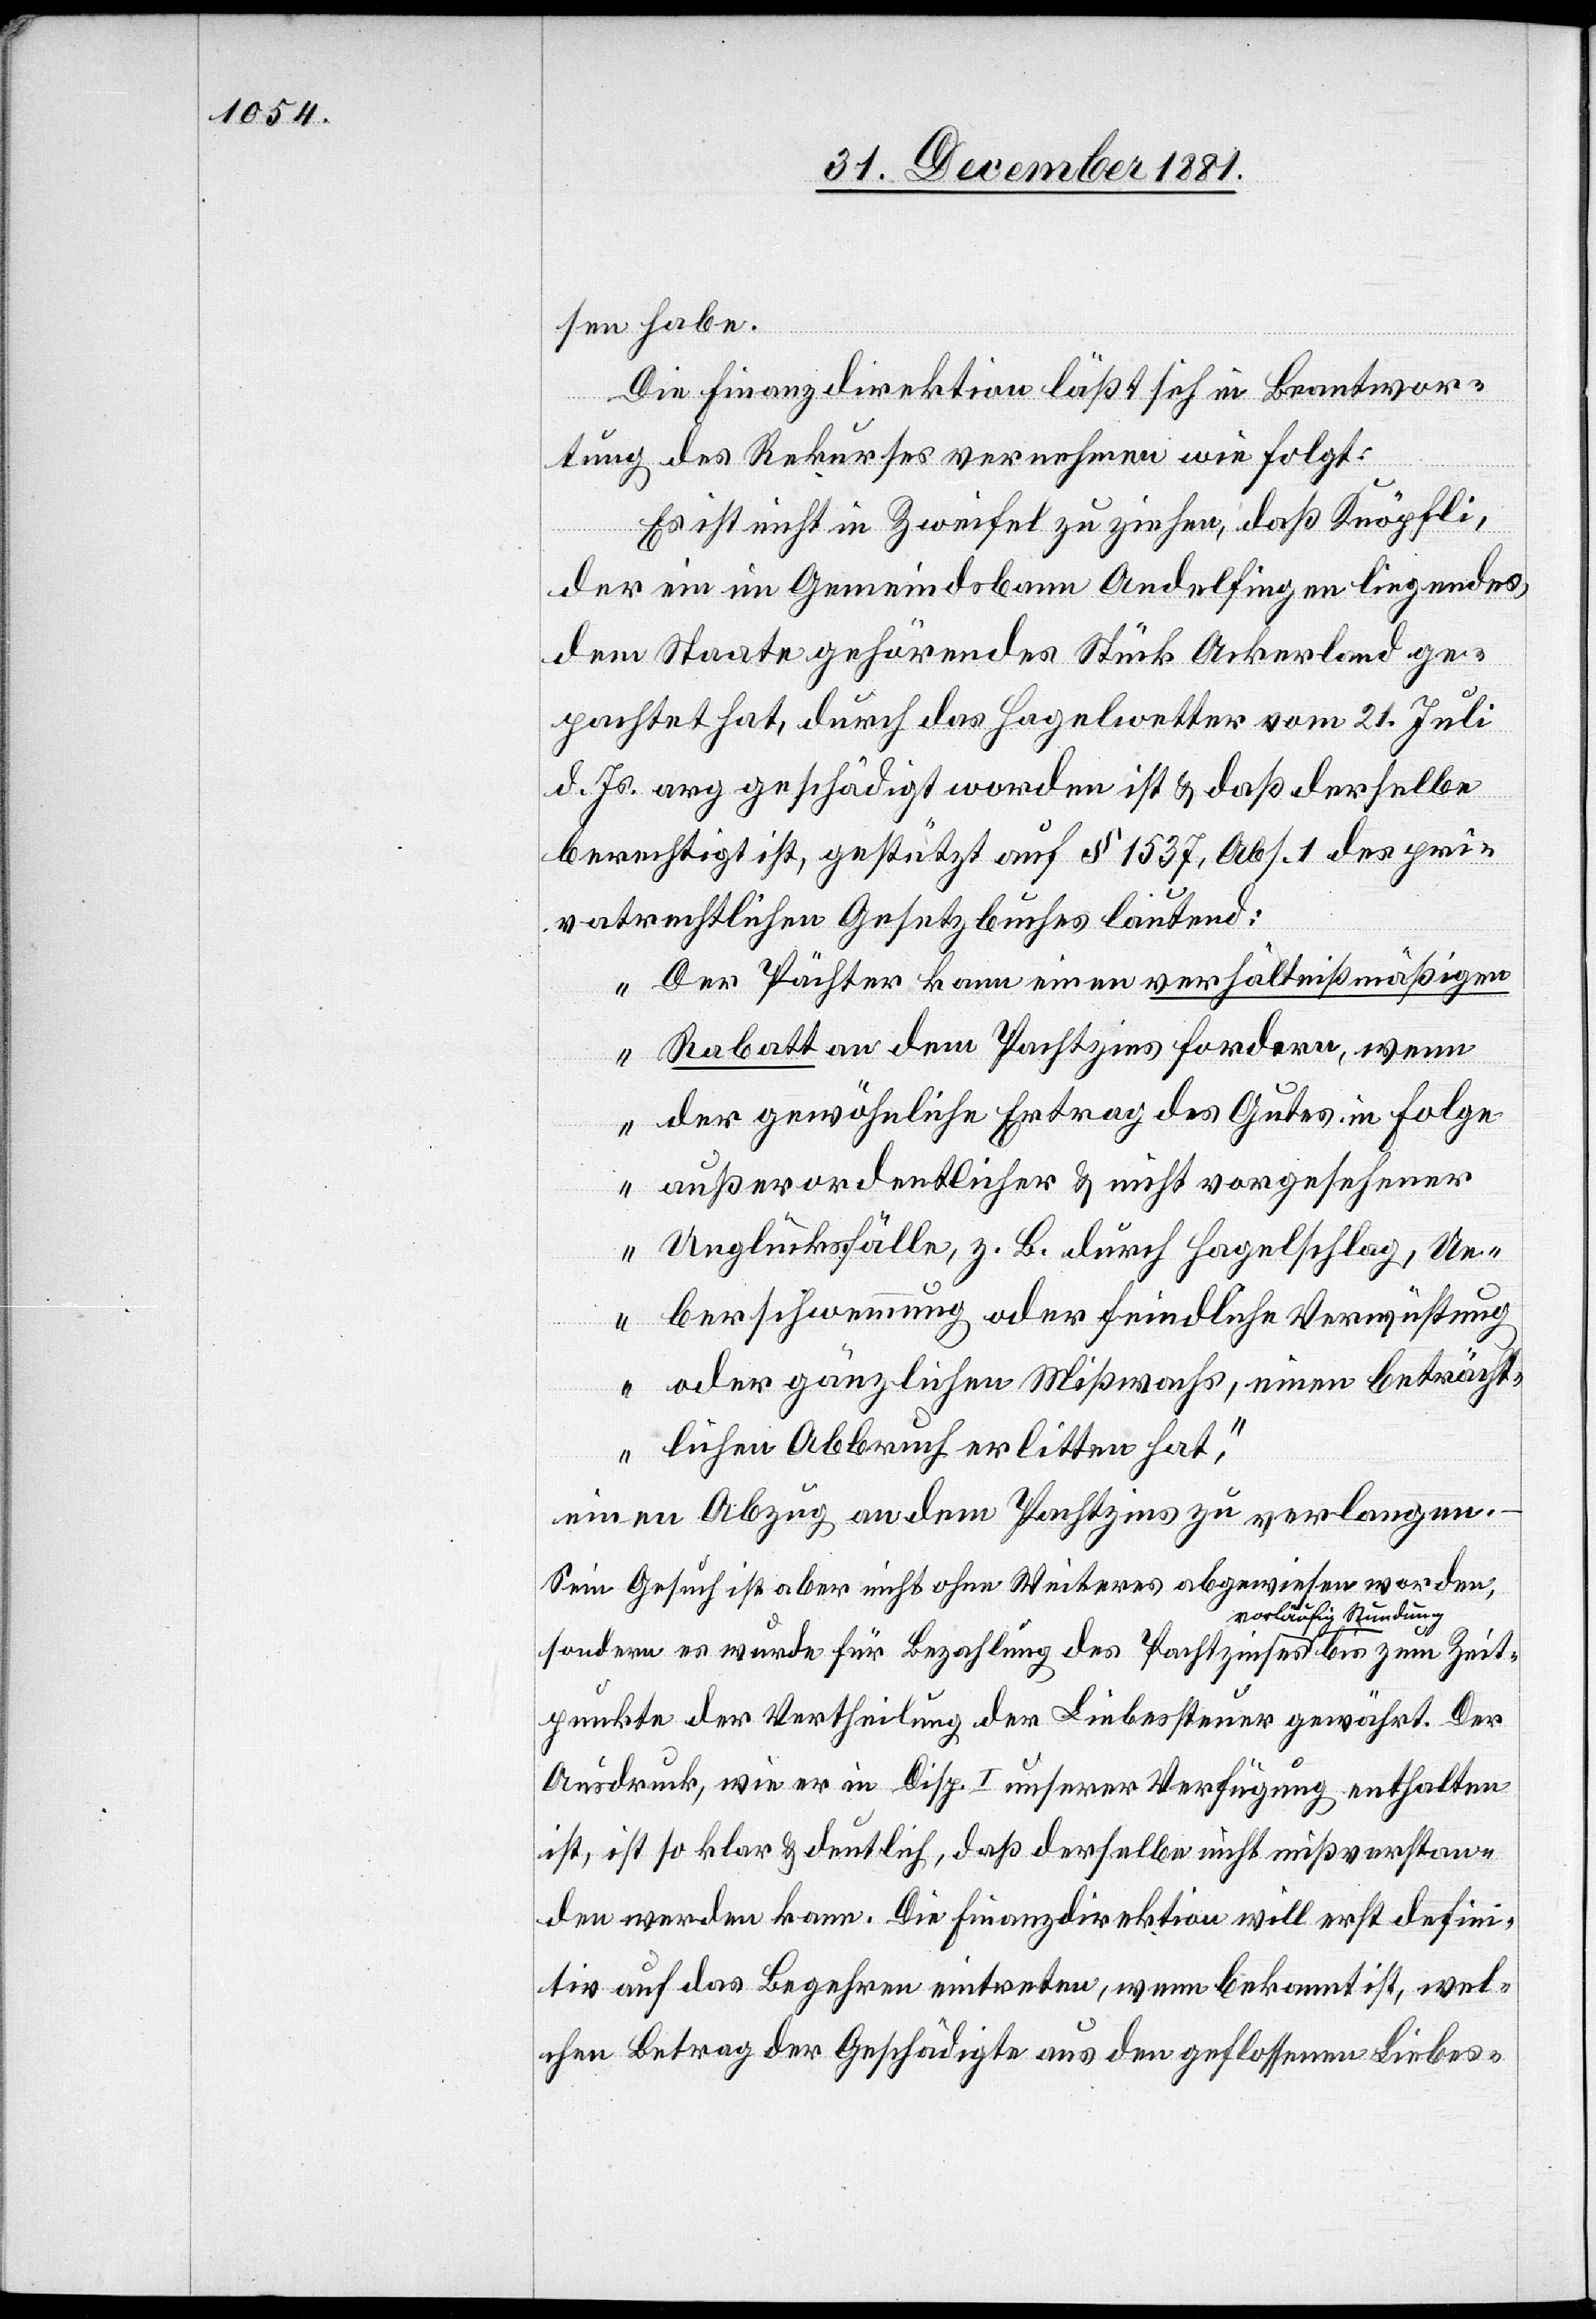
sen habe.
Die Finanzdirektion läßt sich in Beantwor¬
tung des Rekurses vernehmen wie folgt:
Es ist nicht in Zweifel zu ziehen, daß Knöpfli,
der ein im Gemeindsbann Andelfingen liegendes,
dem Staate gehörendes Stück Ackerland ge¬
pachtet hat, durch das Hagelwetter vom 21. Juli
d. Js. arg geschädigt worden ist & daß derselbe
berechtigt ist, gestützt auf § 1537, Abs. 1 des pri¬
vatrechtlichen Gesetzbuches lautend:
„Der Pächter kann einen verhältnismäßigen
Rabatt an dem Pachtzins fordern, wenn
der gewöhnliche Ertrag des Gutes in Folge
außerordentlicher & nicht vorgesehener
Unglücksfälle, z. B. durch Hagelschlag, Ue¬
berschwemmung oder feindliche Verwüstung
oder gänzlichen Mißwachs, einen beträcht¬
lichen Abbruch erlitten hat,“
einen Abzug an dem Pachtzins zu verlangen.
Sein Gesuch ist aber nicht ohne Weiteres abgewiesen worden,
sondern es wurde für Bezahlung des Pachtzinses vorläufig
Zeitpunkte der Vertheilung der Liebessteuer gewährt. Der
Ausdruck, wie er in Disp. I unserer Verfügung enthalten
ist, ist so klar & deutlich, daß derselbe nicht mißverstan¬
den werden kann. Die Finanzdirektion will erst defini¬
tiv auf das Begehren eintreten, wenn bekannt ist, wel¬
chen Betrag der Geschädigte aus den geflossenen Liebes-